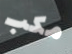
مكب